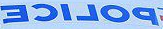
POLICE